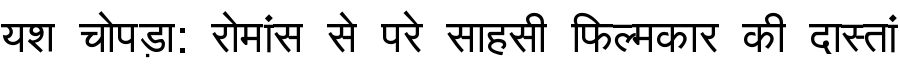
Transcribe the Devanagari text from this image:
यश चोपड़ा: रोमांस से परे साहसी फिल्मकार की दास्तां